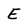
Character: E